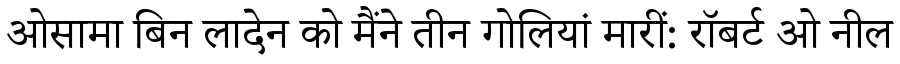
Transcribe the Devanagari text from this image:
ओसामा बिन लादेन को मैंने तीन गोलियां मारीं: रॉबर्ट ओ नील